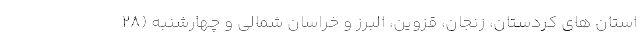
استان های کردستان، زنجان، قزوین، البرز و خراسان شمالی و چهارشنبه (۲۸